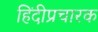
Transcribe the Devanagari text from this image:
हिंदीप्रचारक